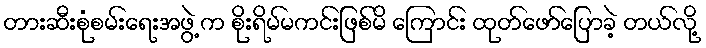
တားဆီးစုံစမ်းရေးအဖွဲ့ က စိုးရိမ်မကင်းဖြစ်မိ ကြောင်း ထုတ်ဖော်ပြောခဲ့ တယ်လို့